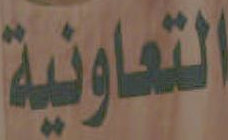
التعاونية